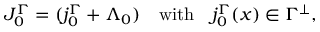
J _ { 0 } ^ { \Gamma } = ( j _ { 0 } ^ { \Gamma } + \Lambda _ { 0 } ) \quad \mathrm { w i t h } \quad j _ { 0 } ^ { \Gamma } ( x ) \in \Gamma ^ { \perp } ,